system: You are a helpful assistant.
user:
Analyze the provided spectrum to determine if it is a **"Cataclysmic Variables (CV)"**.

- **Key Indicators for CV (Check for either state):**
    - **State 1: Quiescent / Low-State (Emission-Dominated)**
        - **(Primary):** Strong and *very broad* Hydrogen Balmer emission lines (e.g., $H\alpha$ at 6563 Å, $H\beta$ at 4861 Å). The 'broadness' (high velocity dispersion, often FWHM > 1000 km/s) is the key diagnostic, indicating a high-velocity accretion disk.
        - **(Secondary):** Broad neutral Helium (He I) emission lines (e.g., 5876 Å, 6678 Å).
        - **(Key Confirmation):** Presence of high-excitation *ionized* Helium (He II) emission at 4686 Å. This is a strong indicator of accretion onto a white dwarf.
        - **(Line Profile):** Emission lines may exhibit a 'double-peaked' profile, which is a classic signature of a rotating accretion disk viewed at high inclination.

    - **State 2: Outburst / High-State (Absorption-Dominated)**
        - **(Primary):** Spectrum is dominated by a bright, blue continuum (looks like a hot star).
        - **(Secondary):** The emission lines from State 1 are weak, absent, or 'filled in', and are replaced by broad, shallow *absorption* lines (primarily Balmer and He I).
        - **(Morphology):** The overall spectrum mimics a hot B/A-type star. The crucial difference is that the absorption lines are significantly broader, shallower, and more 'washed-out' (or 'smeared') than the sharp lines of a normal stellar photosphere, due to high rotational speeds and pressure broadening in the disk.

Think first, call **spectral_visualization_tool** if needed to examine features in detail, then provide your final answer. Your response must adhere to the following strict rules:
1.  **Overall Structure:** Your response must follow the format `<think>...</think> <tool_call>...</tool_call> (if a tool is used) <answer>...</answer>`.
2.  **Tool Usage Constraint:** You may only make **one** tool call per turn.
3.  **Final Answer Format:** In the `<answer>` tag, your conclusion must be inside a `\boxed{}` command (e.g., `\boxed{YES}`), followed by your justification.

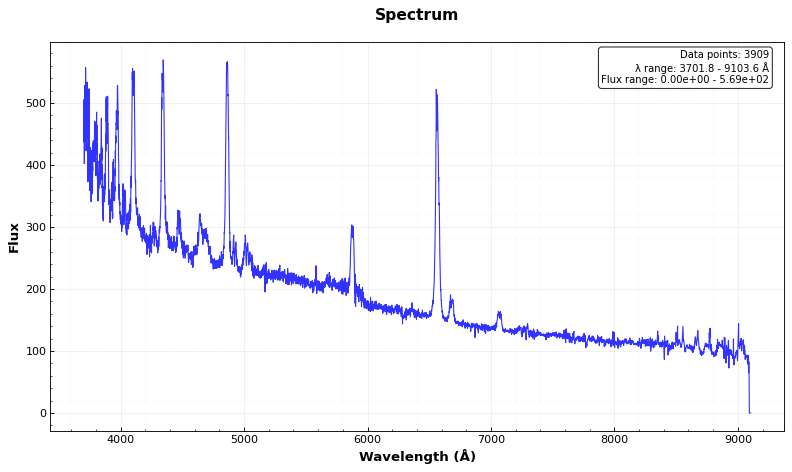
Answer: YES